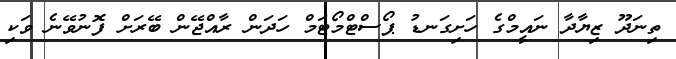
ތިނަދޫ ޒިޔާދާ ނައީމްގެ ހަށިގަނޑު ޕޯސްޓްމޯޓަމް ހަދަން ރާއްޖޭން ބޭރަށް ފޮނުވޭނެ ވަކި